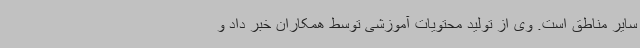
سایر مناطق است. وی از تولید محتویات آموزشی توسط همکاران خبر داد و